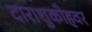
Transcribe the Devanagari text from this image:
दाराशुकोहवर